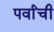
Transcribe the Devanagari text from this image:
पर्वांची